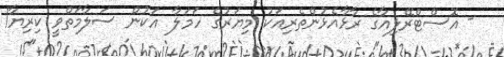
- އޮސްޓްރޭލިއާގެ ރާޅާއެޅުންތެރިއަކު މިޔަރުގެ ހަމަލާ އަކުން ސަލާމަތްވީ ކިރިޔާ!